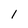
Character: 1